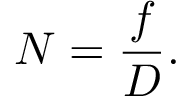
N = { \frac { f } { D } } .